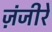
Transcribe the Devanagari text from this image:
ज़ंजीरें